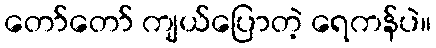
တော်တော် ကျယ်ပြောတဲ့ ရေကန်ပဲ။